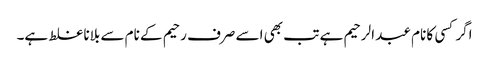
اگر کسی کا نام عبد الرحیم ہے تب بھی اسے صرف رحیم کے نام سے بلانا غلط ہے۔